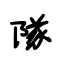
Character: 隊